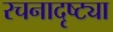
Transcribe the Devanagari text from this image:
रचनादृष्ट्या